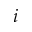
i